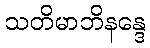
သတိမာဘိနန္ဒေ